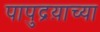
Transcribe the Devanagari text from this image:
पापुद्रय़ाच्या